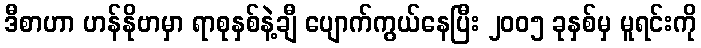
ဒီစာဟာ ဟန်နိုဗာမှာ ရာစုနှစ်နဲ့ချီ ပျောက်ကွယ်နေပြီး ၂၀၀၅ ခုနှစ်မှ မူရင်းကို